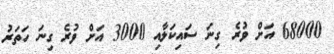
68000 އަށް ވުރެ ގިނަ ސައިކަލާއި 3000 އަށް ވުރެ ގިނަ ހަތަރު